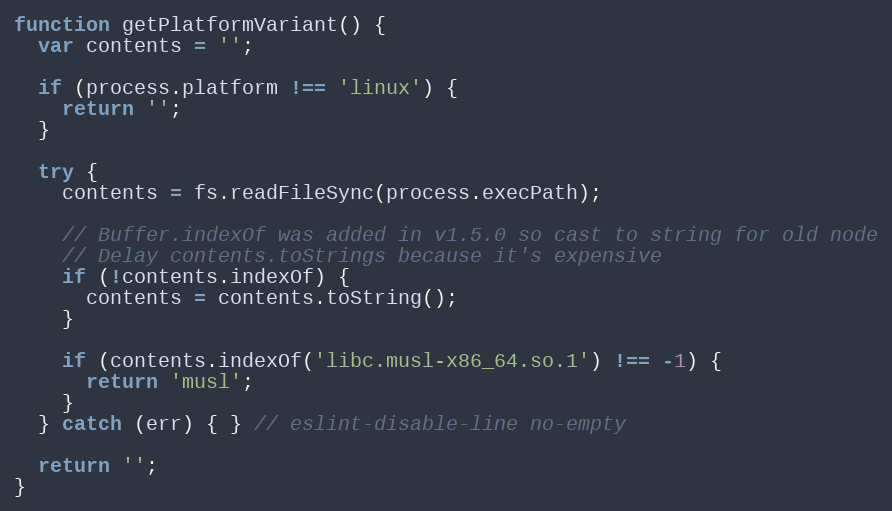
Language: JavaScript
function getPlatformVariant() {
  var contents = '';

  if (process.platform !== 'linux') {
    return '';
  }

  try {
    contents = fs.readFileSync(process.execPath);

    // Buffer.indexOf was added in v1.5.0 so cast to string for old node
    // Delay contents.toStrings because it's expensive
    if (!contents.indexOf) {
      contents = contents.toString();
    }

    if (contents.indexOf('libc.musl-x86_64.so.1') !== -1) {
      return 'musl';
    }
  } catch (err) { } // eslint-disable-line no-empty

  return '';
}